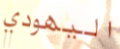
اليهودي